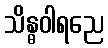
သိန္ဓဝါရညေ